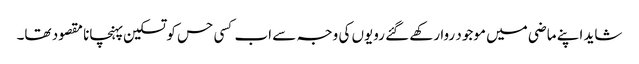
شاید اپنے ماضی میں موجود روا رکھے گئے رویوں کی وجہ سے اب کسی حس کو تسکین پہنچانا مقصود تھا۔